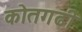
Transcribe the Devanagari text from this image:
कोतगढी